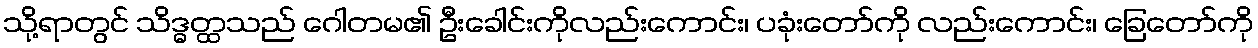
သို့ရာတွင် သိဒ္ဓတ္ထသည် ဂေါတမ၏ ဦးခေါင်းကိုလည်းကောင်း၊ ပခုံးတော်ကို လည်းကောင်း၊ ခြေတော်ကို